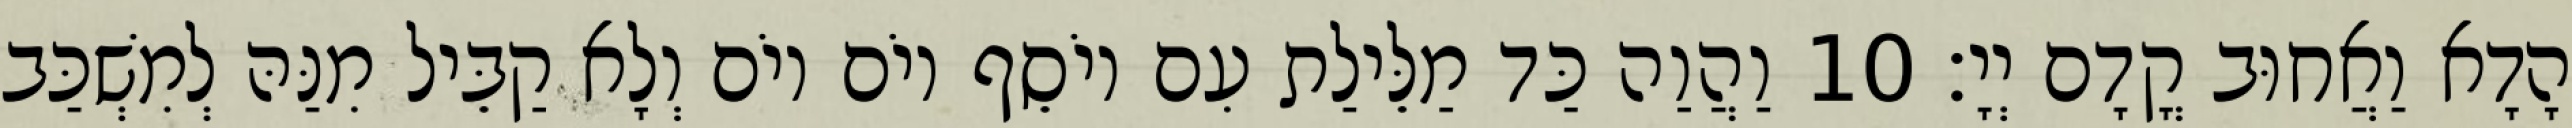
הָדָא וַאֲחוּב קֳדָם יְיָ׃ 10 וַהֲוַה כַּד מַלֵּילַת עִם יוֹסֵף יוֹם יוֹם וְלָא קַבֵּיל מִנַּהּ לְמִשְׁכַּב